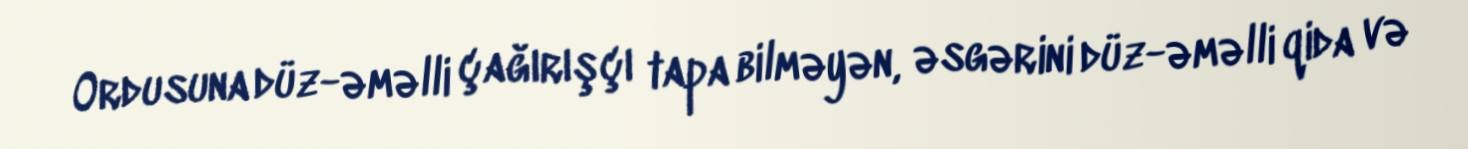
Ordusuna düz-əməlli çağırışçı tapa bilməyən, əsgərini düz-əməlli qida və